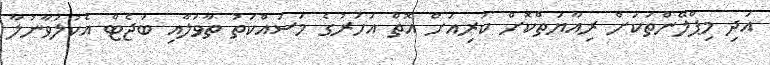
އަދި މިޕްލޭންތަކަށް ރިއާޔަތްކޮށް ކުރިއަށް އޮތް އަހަރުގެ މަސައްކަތު ތާވަލާއި ބަޖެޓް އެކުލަވާނުލާ